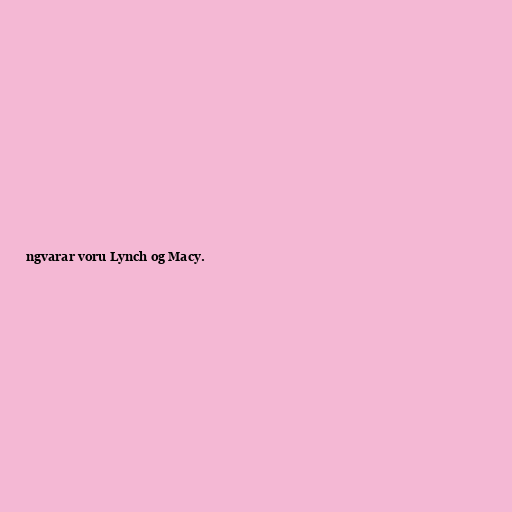
ngvarar voru Lynch og Macy.